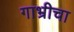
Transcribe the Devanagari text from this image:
गाभ्रीचा